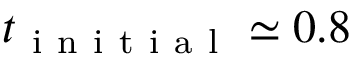
t _ { \mathrm { ~ i ~ n ~ i ~ t ~ i ~ a ~ l ~ } } \simeq 0 . 8